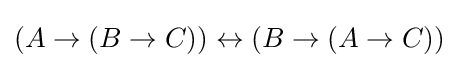
(A\to (B\to C))\leftrightarrow (B\to (A\to C))